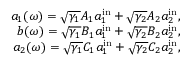
\begin{array} { r } { a _ { 1 } ( \omega ) = \sqrt { \gamma _ { 1 } } A _ { 1 } a _ { 1 } ^ { \mathrm { i n } } + \sqrt { \gamma _ { 2 } } A _ { 2 } a _ { 2 } ^ { \mathrm { i n } } , } \\ { b ( \omega ) = \sqrt { \gamma _ { 1 } } B _ { 1 } a _ { 1 } ^ { \mathrm { i n } } + \sqrt { \gamma _ { 2 } } B _ { 2 } a _ { 2 } ^ { \mathrm { i n } } , } \\ { a _ { 2 } ( \omega ) = \sqrt { \gamma _ { 1 } } C _ { 1 } a _ { 1 } ^ { \mathrm { i n } } + \sqrt { \gamma _ { 2 } } C _ { 2 } a _ { 2 } ^ { \mathrm { i n } } , } \end{array}